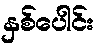
နှစ်ပေါင်း